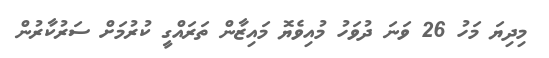
މިދިޔަ މަހު 26 ވަނަ ދުވަހު މުއިވެޔޮ މައިޒާން ތަރައްގީ ކުރުމަށް ސަރުކާރުން